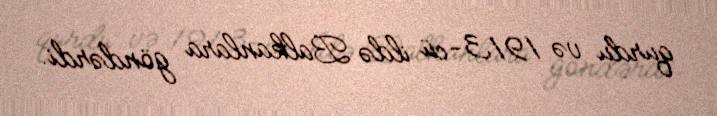
qurdu və 1913-cü ildə Balkanlara göndərdi.